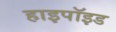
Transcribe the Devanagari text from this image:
हाइपॉइड